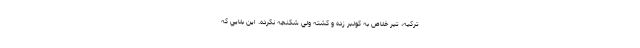
تركيه، تير خلاص به كولبر زده و كشته ولي شكنجه نكرده. اين بلايي كه